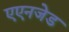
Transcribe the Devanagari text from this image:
एएनजेड